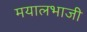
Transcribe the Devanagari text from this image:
मयालभाजी